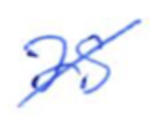
Text: as
Cross-out: diagonal
Writing tool: ballpoint